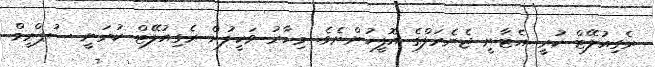
ރެގިއުލޭޓް ކުރީ އެޓާނީ ޖެނެރަލްގެ އޮފީހުންނެވެ. މިހާރު ވަކީލުން ރެގިއުލޭޓް ކުރަނީ ސުޕްރީމް